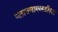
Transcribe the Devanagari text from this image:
प्लाज्माएलडीएल